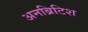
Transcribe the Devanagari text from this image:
अनब्रिटिश